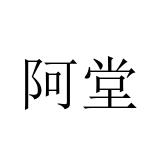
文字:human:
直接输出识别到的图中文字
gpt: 阿堂